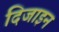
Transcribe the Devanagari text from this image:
दिजाइन